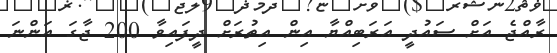
ރާއްޖެ އަށް ސައުދީ އަރަބިއްޔާ އިން އިތުރަށް ދީފައިވާ 200 ޖާގަ އަންނަ